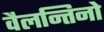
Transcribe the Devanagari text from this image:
वैलन्तिनो